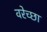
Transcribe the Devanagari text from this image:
वरेच्छा